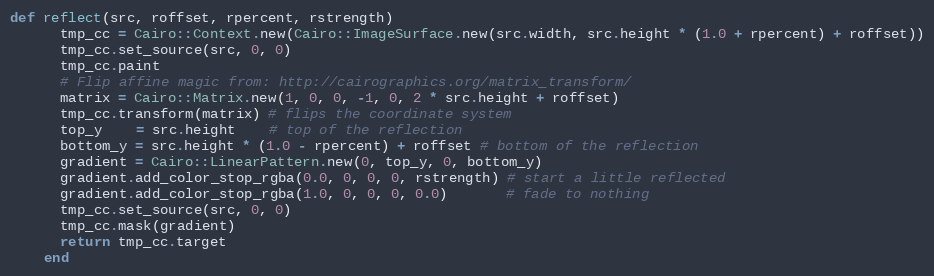
Language: Ruby
def reflect(src, roffset, rpercent, rstrength)
      tmp_cc = Cairo::Context.new(Cairo::ImageSurface.new(src.width, src.height * (1.0 + rpercent) + roffset))
      tmp_cc.set_source(src, 0, 0)
      tmp_cc.paint
      # Flip affine magic from: http://cairographics.org/matrix_transform/
      matrix = Cairo::Matrix.new(1, 0, 0, -1, 0, 2 * src.height + roffset)
      tmp_cc.transform(matrix) # flips the coordinate system
      top_y    = src.height    # top of the reflection
      bottom_y = src.height * (1.0 - rpercent) + roffset # bottom of the reflection
      gradient = Cairo::LinearPattern.new(0, top_y, 0, bottom_y)
      gradient.add_color_stop_rgba(0.0, 0, 0, 0, rstrength) # start a little reflected
      gradient.add_color_stop_rgba(1.0, 0, 0, 0, 0.0)       # fade to nothing
      tmp_cc.set_source(src, 0, 0)
      tmp_cc.mask(gradient)
      return tmp_cc.target
    end